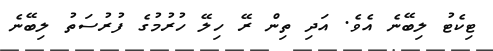
ޓިކެޓު ލިބޭނެ އެވެ. އަދި ތިން ރޭ ހިލޭ ހުރުމުގެ ފުރުސަތު ލިބޭނެ